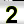
Digit: 2